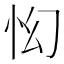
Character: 𱞇